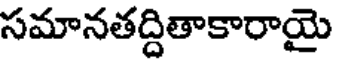
సమానతద్దితాకారాయై